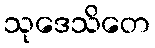
သုဒေသိတေ